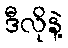
ဒီလိုနဲ့